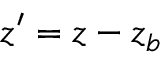
z ^ { \prime } = z - z _ { b }